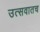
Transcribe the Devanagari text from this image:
उत्सवातच